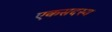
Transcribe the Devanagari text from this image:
एकसदस्य